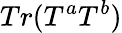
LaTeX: Tr(T^{a}T^{b})